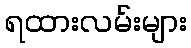
ရထားလမ်းများ